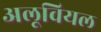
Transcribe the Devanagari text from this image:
अलूवियल